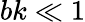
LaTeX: bk\ll 1